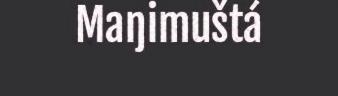
Maŋimuštá